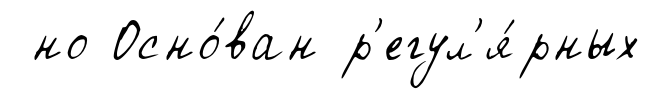
но Осно́ван р'егул'я́рных